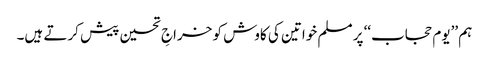
ہم ’’یوم حجاب‘‘ پر مسلم خواتین کی کاوش کو خراجِ تحسین پیش کرتے ہیں۔